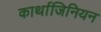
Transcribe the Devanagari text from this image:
कार्थाजिनियन